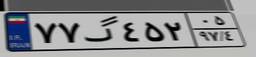
۷۷گ۴۵۲۰۵